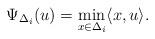
LaTeX: \begin{align*} \Psi_{\Delta_{i}} (u)= \min_{ x\in \Delta_{i}}\langle x, u\rangle\mbox{.} \end{align*}